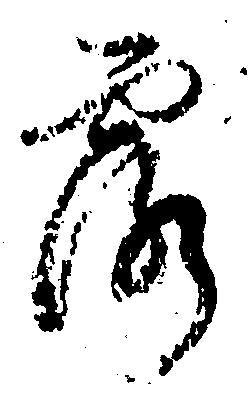
露